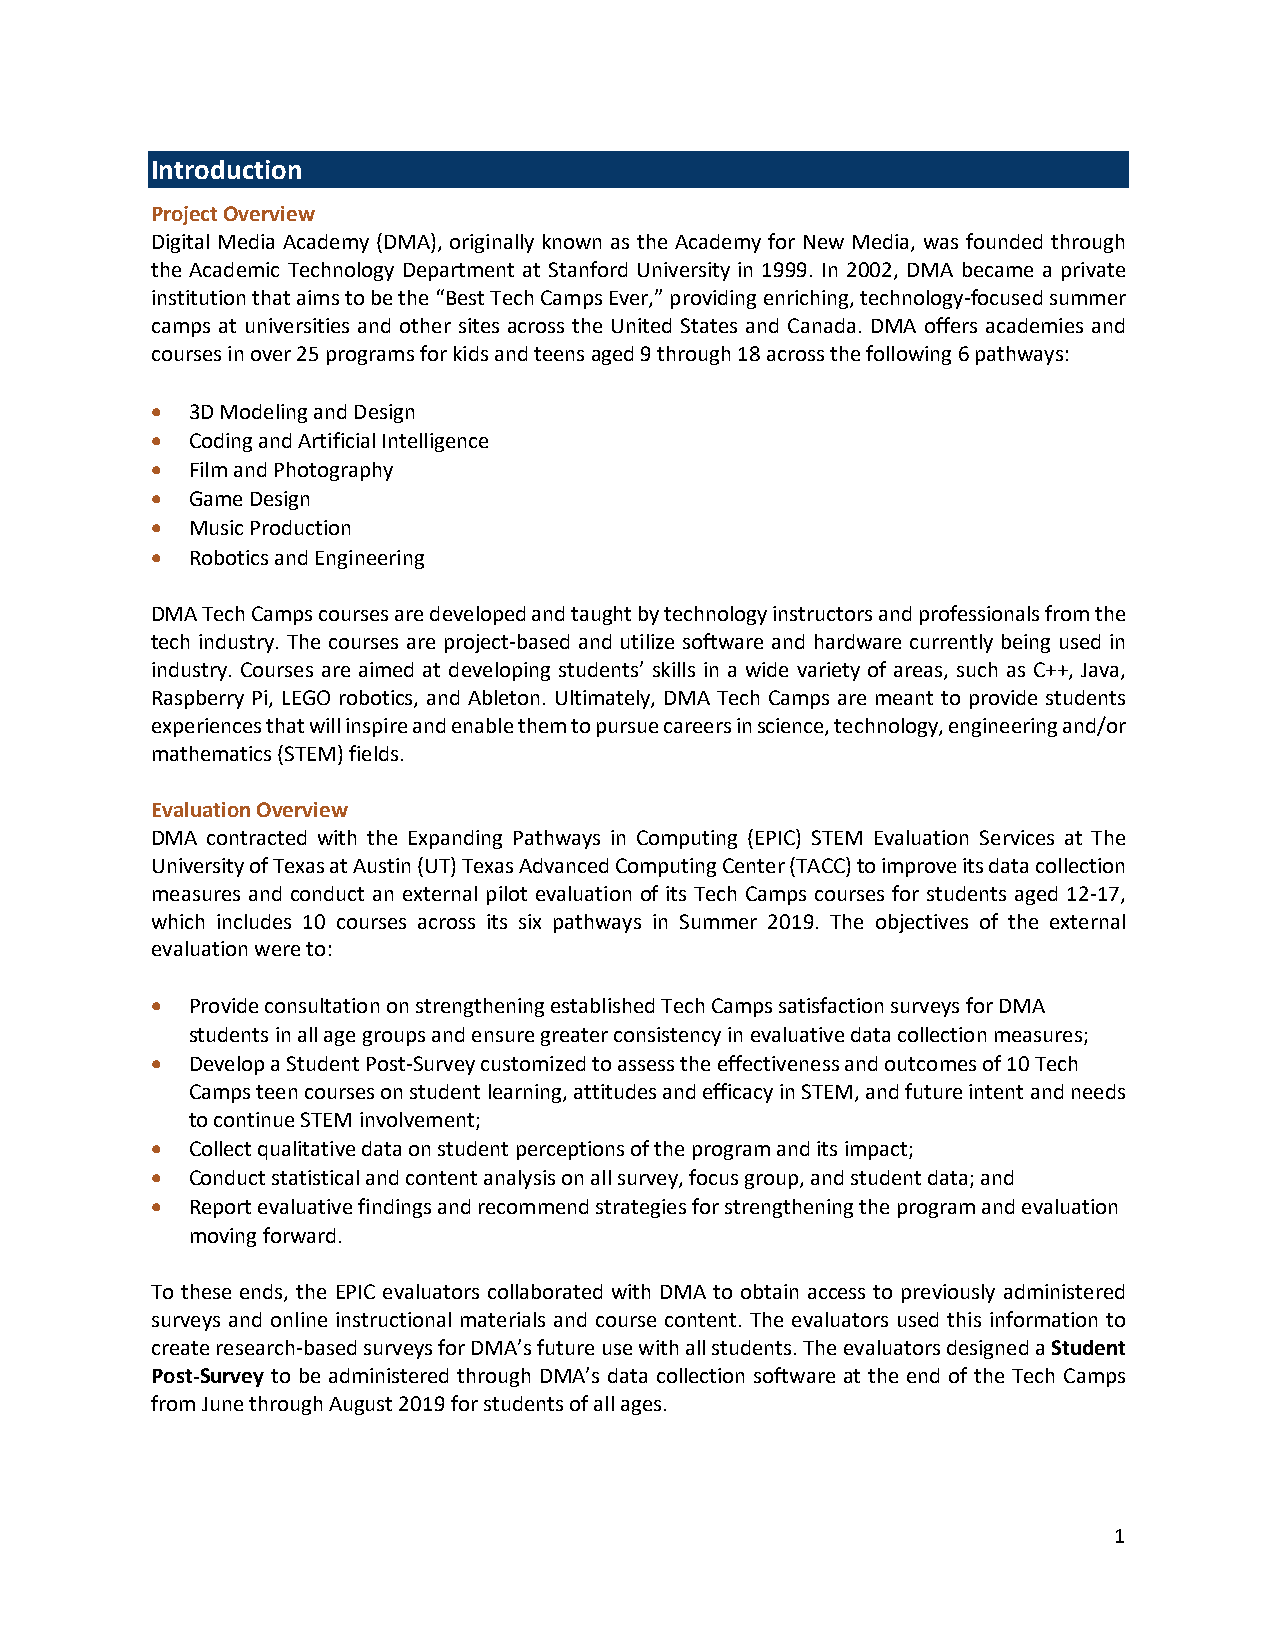
Introduction
 Project Overview
 Digital Media Academy (DMA), originally known as the Academy for New Media, was founded through
 the Academic Technology Department at Stanford University in 1999. In 2002, DMA became a private
 institution that aims to be the “Best Tech Camps Ever,” providing enriching, technology-focused summer
 camps at universities and other sites across the United States and Canada. DMA offers academies and
 courses in over 25 programs for kids and teens aged 9 through 18 across the following 6 pathways:
 • 3D Modeling and Design
 • Coding and Artificial Intelligence
 • Film and Photography
 • Game Design
 • Music Production
 • Robotics and Engineering
 DMA Tech Camps courses are developed and taught by technology instructors and professionals from the
 tech industry. The courses are project-based and utilize software and hardware currently being used in
 industry. Courses are aimed at developing students’ skills in a wide variety of areas, such as C++, Java,
 Raspberry Pi, LEGO robotics, and Ableton. Ultimately, DMA Tech Camps are meant to provide students
 experiences that will inspire and enable them to pursue careers in science, technology, engineering and/or
 mathematics (STEM) fields.
 Evaluation Overview
 DMA contracted with the Expanding Pathways in Computing (EPIC) STEM Evaluation Services at The
 University of Texas at Austin (UT) Texas Advanced Computing Center (TACC) to improve its data collection
 measures and conduct an external pilot evaluation of its Tech Camps courses for students aged 12-17,
 which includes 10 courses across its six pathways in Summer 2019. The objectives of the external
 evaluation were to:
 • Provide consultation on strengthening established Tech Camps satisfaction surveys for DMA
 students in all age groups and ensure greater consistency in evaluative data collection measures;
 • Develop a Student Post-Survey customized to assess the effectiveness and outcomes of 10 Tech
 Camps teen courses on student learning, attitudes and efficacy in STEM, and future intent and needs
 to continue STEM involvement;
 • Collect qualitative data on student perceptions of the program and its impact;
 • Conduct statistical and content analysis on all survey, focus group, and student data; and
 • Report evaluative findings and recommend strategies for strengthening the program and evaluation
 moving forward.
 To these ends, the EPIC evaluators collaborated with DMA to obtain access to previously administered
 surveys and online instructional materials and course content. The evaluators used this information to
 create research-based surveys for DMA’s future use with all students. The evaluators designed a Student
 Post-Survey to be administered through DMA’s data collection software at the end of the Tech Camps
 from June through August 2019 for students of all ages.
 1